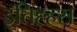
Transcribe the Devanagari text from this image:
इतिह्हस